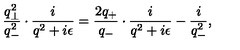
\frac { q _ { \bot } ^ { 2 } } { q _ { - } ^ { 2 } } \cdot \frac { i } { q ^ { 2 } + i { \epsilon } } = \frac { 2 q _ { + } } { q _ { - } } \cdot \frac { i } { q ^ { 2 } + i { \epsilon } } - \frac { i } { q _ { - } ^ { 2 } } ,